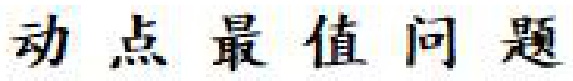
动点最值问题